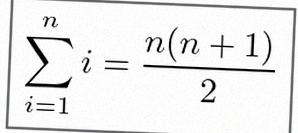
\sum_{i=1}^{n}i=\frac{n(n+1)}2